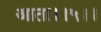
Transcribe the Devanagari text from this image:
आता।।५।।